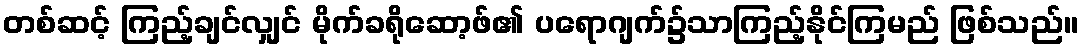
တစ်ဆင့် ကြည့်ချင်လျှင် မိုက်ခရိုဆော့ဖ်၏ ပရောဂျက်၌သာကြည့်နိုင်ကြမည် ဖြစ်သည်။